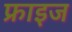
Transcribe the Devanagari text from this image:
फ्राइज